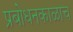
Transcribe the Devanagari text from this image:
प्रबोधनकाळाच